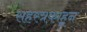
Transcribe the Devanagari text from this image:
सहस्त्रकाहून